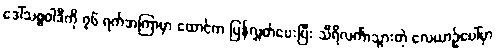
ဒေါ်သစ္စဝါဒီကို ၇၆ ရက်အကြာမှာ ထောင်က ပြန်လွှတ်ပေးပြီး သီရိလင်္ကာသွားတဲ့ လေယာဉ်ပေါ်မှာ